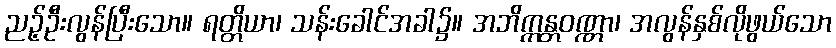
ညဉ့်ဦးလွန်ပြီးသော။ ရတ္တိယာ၊ သန်းခေါင်အခါ၌။ အဘိက္ကန္တဝဏ္ဏာ၊ အလွန်နှစ်လိုဖွယ်သော